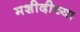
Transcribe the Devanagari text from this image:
मशीदीच्या